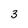
Character: 3